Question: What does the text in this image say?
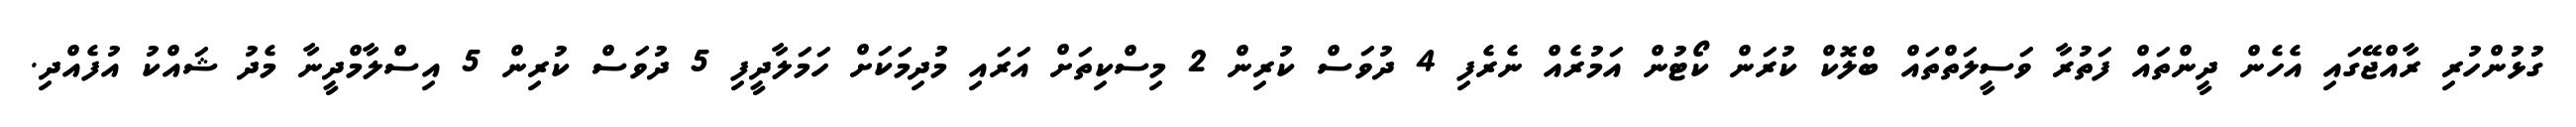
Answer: ގުޅުންހުރި ރާއްޖޭގައި އެހެން ދީންތައް ފަތުރާ ވަސީލަތްތައް ބްލޮކް ކުރަން ކޯޓުން އަމުރެއް ނެރެފި 4 ދުވަސް ކުރިން 2 މިސްކިތަށް އަރައި މުދިމަކަށް ހަމަލާދީފި 5 ދުވަސް ކުރިން 5 އިސްލާމްދީނާ މެދު ޝައްކު އުފެއްދި.